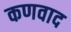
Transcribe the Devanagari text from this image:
कणवाद